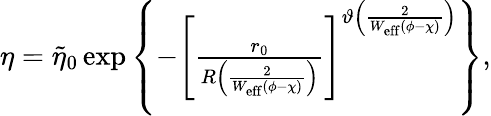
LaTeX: \begin{array}{r}{\eta=\widetilde\eta_{0}\exp\left\{ -\left[\frac{r_{0}}{R\left(\frac{2}{W_{\mathrm{eff}}(\phi-\chi)}\right)}\right]^{\vartheta\left(\frac{2}{W_{\mathrm{eff}}(\phi-\chi)}\right)}\right\} ,}\end{array}